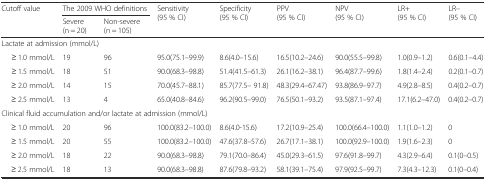
<table><thead><tr><td rowspan="2"><b>Cutoff value</b></td><td colspan="2"><b>The 2009 WHO definitions</b></td><td rowspan="2"><b>Sensitivity(95 % CI)</b></td><td rowspan="2"><b>Specificity(95 % CI)</b></td><td rowspan="2"><b>PPV(95 % CI)</b></td><td rowspan="2"><b>NPV(95 % CI)</b></td><td rowspan="2"><b>LR+(95 % CI)</b></td><td rowspan="2"><b>LR–(95 % CI)</b></td></tr><tr><td><b>Severe (n = 20)</b></td><td><b>Non-severe (n = 105)</b></td></tr></thead><tbody><tr><td colspan="4">Lactate at admission (mmol/L)</td><td colspan="3"></td><td></td><td></td></tr><tr><td>≥ 1.0 mmol/L</td><td>19</td><td>96</td><td>95.0(75.1–99.9)</td><td>8.6(4.0–15.6)</td><td>16.5(10.2–24.6)</td><td>90.0(55.5–99.8)</td><td>1.0(0.9–1.2)</td><td>0.6(0.1–4.4)</td></tr><tr><td>≥ 1.5 mmol/L</td><td>18</td><td>51</td><td>90.0(68.3–98.8)</td><td>51.4(41.5–61.3)</td><td>26.1(16.2–38.1)</td><td>96.4(87.7–99.6)</td><td>1.8(1.4–2.4)</td><td>0.2(0.1–0.7)</td></tr><tr><td>≥ 2.0 mmol/L</td><td>14</td><td>15</td><td>70.0(45.7–88.1)</td><td>85.7(77.5– 91.8)</td><td>48.3(29.4–67.47)</td><td>93.8(86.9–97.7)</td><td>4.9(2.8–8.5)</td><td>0.4(0.2–0.7)</td></tr><tr><td>≥ 2.5 mmol/L</td><td>13</td><td>4</td><td>65.0(40.8–84.6)</td><td>96.2(90.5–99.0)</td><td>76.5(50.1–93.2)</td><td>93.5(87.1–97.4)</td><td>17.1(6.2–47.0)</td><td>0.4(0.2–0.7)</td></tr><tr><td colspan="6">Clinical fluid accumulation and/or lactate at admission (mmol/L)</td><td></td><td></td><td></td></tr><tr><td>≥ 1.0 mmol/L</td><td>20</td><td>96</td><td>100.0(83.2–100.0)</td><td>8.6(4.0-15.6)</td><td>17.2(10.9–25.4)</td><td>100.0(66.4–100.0)</td><td>1.1(1.0–1.2)</td><td>0</td></tr><tr><td>≥ 1.5 mmol/L</td><td>20</td><td>55</td><td>100.0(83.2–100.0)</td><td>47.6(37.8–57.6)</td><td>26.7(17.1–38.1)</td><td>100.0(92.9–100.0)</td><td>1.9(1.6–2.3)</td><td>0</td></tr><tr><td>≥ 2.0 mmol/L</td><td>18</td><td>22</td><td>90.0(68.3–98.8)</td><td>79.1(70.0–86.4)</td><td>45.0(29.3–61.5)</td><td>97.6(91.8–99.7)</td><td>4.3(2.9–6.4)</td><td>0.1(0–0.5)</td></tr><tr><td>≥ 2.5 mmol/L</td><td>18</td><td>13</td><td>90.0(68.3–98.8)</td><td>87.6(79.8–93.2)</td><td>58.1(39.1–75.4)</td><td>97.9(92.5–99.7)</td><td>7.3(4.3–12.3)</td><td>0.1(0–0.4)</td></tr></tbody></table>